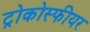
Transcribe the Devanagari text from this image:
ट्रोकोस्फीयर